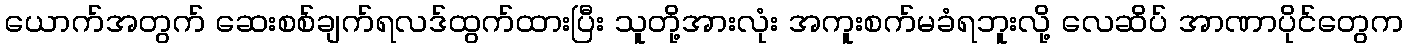
ယောက်အတွက် ဆေးစစ်ချက်ရလဒ်ထွက်ထားပြီး သူတို့အားလုံး အကူးစက်မခံရဘူးလို့ လေဆိပ် အာဏာပိုင်တွေက